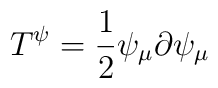
T^{\psi}=\frac{1}{2}\psi_{\mu}\partial \psi_{\mu}